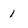
Character: 1